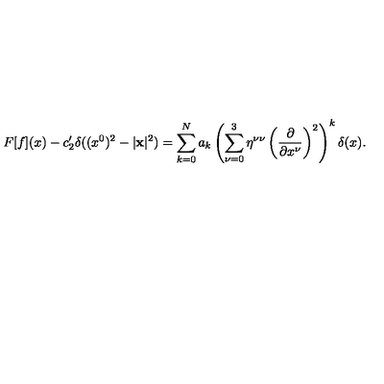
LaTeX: F [ f ] ( x ) - c _ { 2 } ^ { \prime } \delta ( ( x ^ { 0 } ) ^ { 2 } - | { \bf x } | ^ { 2 } ) = \sum _ { k = 0 } ^ { N } a _ { k } \left( \sum _ { \nu = 0 } ^ { 3 } \eta ^ { \nu \nu } \left( \frac { \partial } { \partial x ^ { \nu } } \right) ^ { 2 } \right) ^ { k } \delta ( x ) .